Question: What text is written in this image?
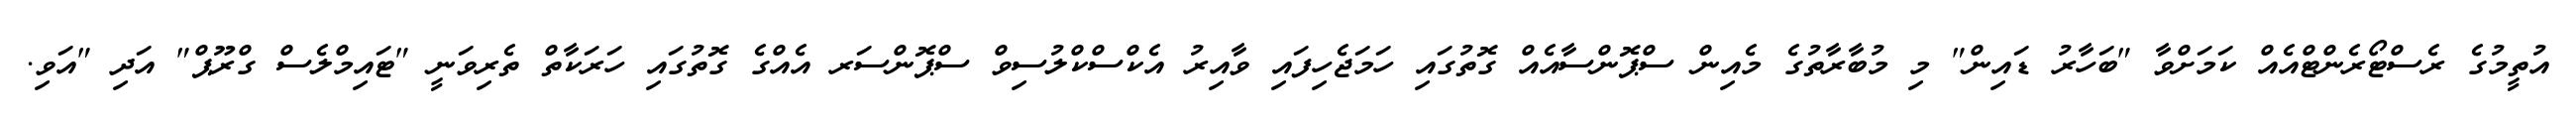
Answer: އުތީމުގެ ރެސްޓޯރެންޓްއެއް ކަމަށްވާ "ބަހާރު ޑައިން" މި މުބާރާތުގެ މެއިން ސްޕޮންސާއެއް ގޮތުގައި ހަމަޖެހިފައި ވާއިރު އެކްސްކްލުސިވް ސްޕޮންސަރ އެއްގެ ގޮތުގައި ހަރަކާތް ތެރިވަނީ "ޓައިމްލެސް ގްރޫޕް" އަދި "އަވި.